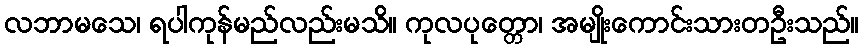
လဘာမသေ၊ ရပါကုန်မည်လည်းမသိ။ ကုလပုတ္တော၊ အမျိုးကောင်းသားတဦးသည်။